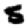
Digit: 5